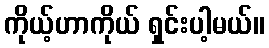
ကိုယ့်ဟာကိုယ် ရှင်းပါ့မယ်။